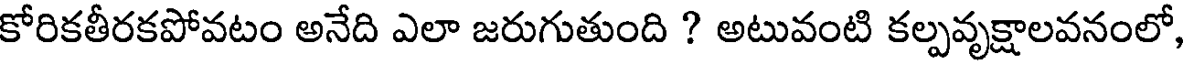
కోరికతీరకపోవటం అనేది ఎలా జరుగుతుంది ? అటువంటి కల్పవృక్షాలవనంలో,